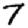
Digit: 7